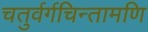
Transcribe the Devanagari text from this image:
चतुर्वर्गचिन्तामणि